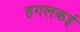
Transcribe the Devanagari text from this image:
हगलकई